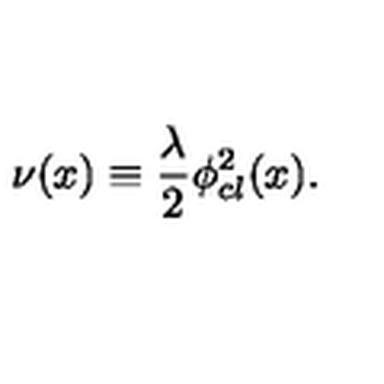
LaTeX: \nu ( x ) \equiv { \frac { \lambda } { 2 } } \phi _ { c l } ^ { 2 } ( x ) .